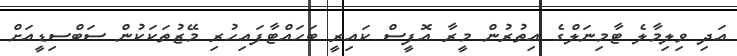
އަދި ވިލިމާލެ ޓާމިނަލްގެ އިތުރުން މީރާ އޮފީސް ކައިރީ ބަހައްޓާފައިހުރި މޭޒުތަކަކުން ސަބްސިޑީއަށް